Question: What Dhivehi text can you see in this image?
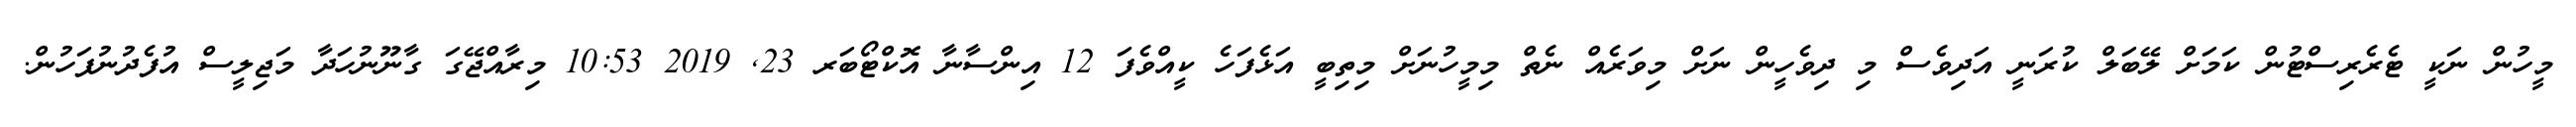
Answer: މީހުން ނަކީ ޓެރެރިސްޓުން ކަމަށް ލޭބަލް ކުރަނީ އަދިވެސް މި ދިވެހީން ނަށް މިވަރެއް ނެތް މިމީހުނަށް މިތިބީ އަޅެފަހެ ކީއްވެފަ 12 އިންސާނާ އޮކްޓޯބަރ 23, 2019 10:53 މިރާއްޖޭގަ ގާނޫނުހަދާ މަޖިލީސް އުފެދުނުފަހުން.